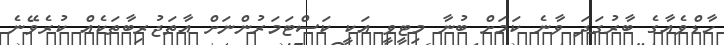
ހާޑްވެއާގެ ބާރުގަދަ ވާނެ ކަމަށް ބުނާ މިޓީވީ އަކީ ކަސްޓަމަރުންނަށް އާތަޖުރިބާތަކެއް ކުރެވޭނެ